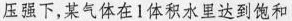
压强下，某气体在1体积水里达到饱和